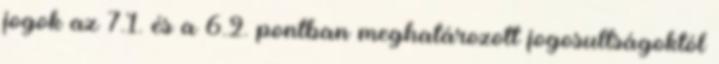
jogok az 7.1. és a 6.2. pontban meghatározott jogosultságoktól